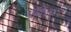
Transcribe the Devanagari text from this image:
मॅक्विटर